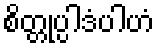
စိတ္တုပ္ပါဒံပါဟံ